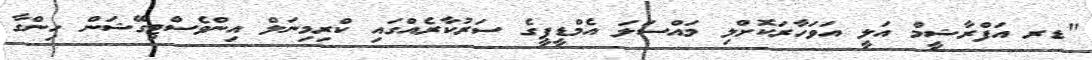
"ޑރ އަފްރާޝީމް އަލީ އަވަހާރަކޮށްލި މައްސަލަ އެމްޑީޕީގެ ސަރުކާރެއްގައި ކްރިމިނަލް އިންވެސްޓިގޭޝަން ހިންގާ